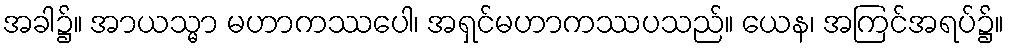
အခါ၌။ အာယသ္မာ မဟာကဿပေါ၊ အရှင်မဟာကဿပသည်။ ယေန၊ အကြင်အရပ်၌။